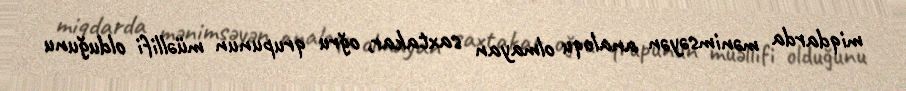
miqdarda mənimsəyən analoqu olmayan saxtakar, oğru qrupunun müəllifi olduğunu